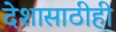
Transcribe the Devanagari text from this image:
देशासाठीही